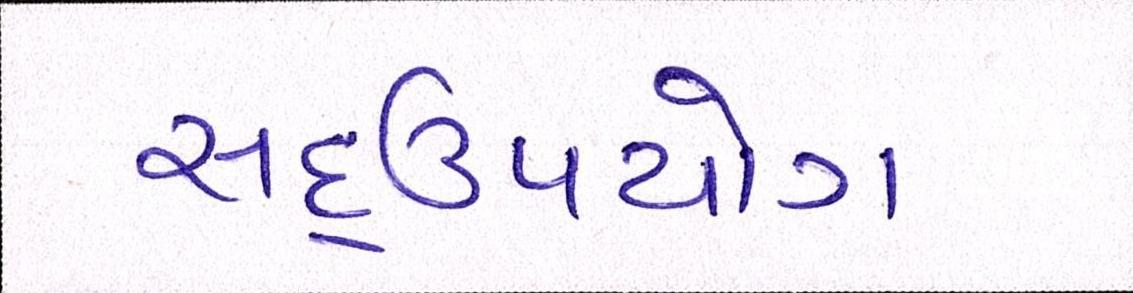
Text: સદ્ઉપયોગ